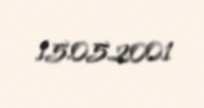
15.05.2001